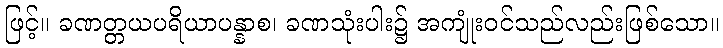
ဖြင့်။ ခဏတ္တယပရိယာပန္နာစ၊ ခဏသုံးပါး၌ အကျုံးဝင်သည်လည်းဖြစ်သော။